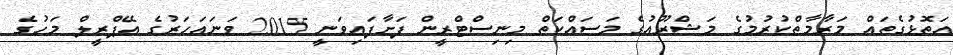
އަތޮޅުގެތައް މަރާމާތްކުރުމުގެ މަޝްރޫޢުގެ މަސައްކަތް މިނިސްޓްރީން ފަށާފައިވަނީ 2015 ވަނައަހަރުގެ އޭޕްރީލް މަހުގެ